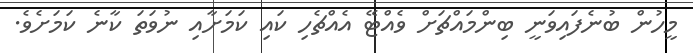
މީހުން ބުނެފައިވަނީ ބިންމައްޗަށް ވެއްޓޭ އެއްޗެހި ކައި ކަމަށާއި ނުވަތަ ކާނެ ކަމަށެވެ.